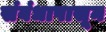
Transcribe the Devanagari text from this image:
संबंधापासून